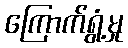
ကြောက်ရွံ့မှု